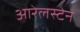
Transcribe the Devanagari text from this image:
आरेलस्टेन